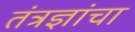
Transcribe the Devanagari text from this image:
तंत्रज्ञांचा